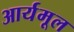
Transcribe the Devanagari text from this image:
आर्यमूल